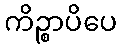
ကိဉ္စာပိပေ